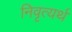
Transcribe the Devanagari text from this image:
निवृत्यर्थ